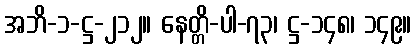
အဘိ-၁-ဋ္ဌ-၂၁၂။ နေတ္တိ-ပါ-၇၃၊ ဋ္ဌ-၁၄၈၊ ၁၄၉။